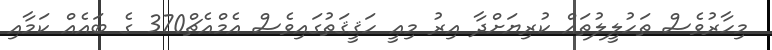
މިހާރުވެސް ތަހުލީލުތައް ކުރިޔަށްދާ އިރު މިއީ ހަޤީޤަތުގައިވެސް އެމްއެޗް370 ގެ ބައެއް ކަމާއި